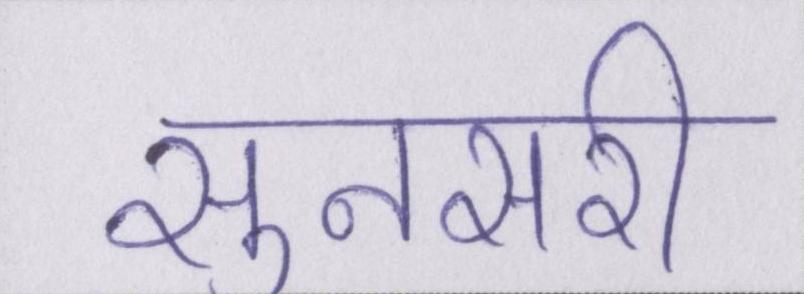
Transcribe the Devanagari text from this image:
सुनसरी